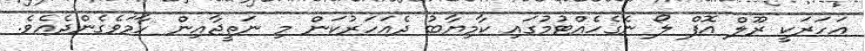
އަހަރަކީ ރޫލް އޮފް ލޯ ނެގެހެއްޓުމުގައި ކާމިޔާބު ދެއަހަރުކަން މި ނަތީޖާއިން ހާމަވެގެންދެއެވެ.